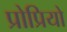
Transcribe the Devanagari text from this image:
प्रोप्रियो